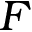
F